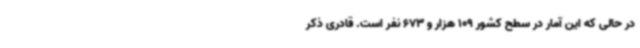
در حالی که این آمار در سطح کشور 109 هزار و 673 نفر است. قادری ذکر